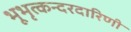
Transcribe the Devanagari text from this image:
भूभृत्कन्दरदारिणी